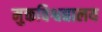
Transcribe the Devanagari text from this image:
मुक्तविश्वद्यालय